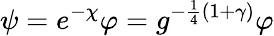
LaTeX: \psi=e^{-\chi}\varphi=g^{-\frac 14(1+\gamma)}\varphi